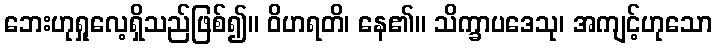
ဘေးဟုရှုလေ့ရှိသည်ဖြစ်၍။ ဝိဟရတိ၊ နေ၏။ သိက္ခာပဒေသု၊ အကျင့်ဟုသော